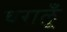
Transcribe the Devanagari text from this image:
घरालूँ